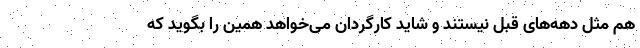
هم مثل دهه‌های قبل نیستند و شاید کارگردان می‌خواهد همین را بگوید که